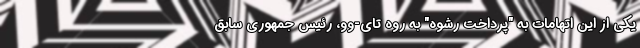
یکی از این اتهامات به "پرداخت رشوه" به روه تای‌-وو، رئیس جمهوری سابق